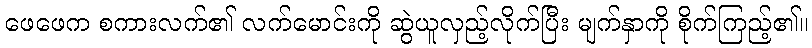
ဖေဖေက စကားလက်၏ လက်မောင်းကို ဆွဲယူလှည့်လိုက်ပြီး မျက်နှာကို စိုက်ကြည့်၏။